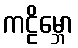
ကဠိမ္ဘော